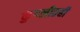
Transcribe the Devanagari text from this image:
कुंडलीतही